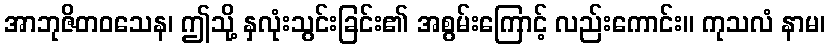
အာဘုဇိတဝသေန၊ ဤသို့ နှလုံးသွင်းခြင်း၏ အစွမ်းကြောင့် လည်းကောင်း။ ကုသလံ နာမ၊